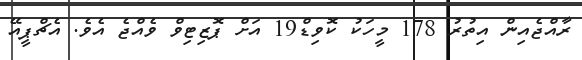
ރާއްޖެއިން އިތުރު 178 މީހަކު ކޮވިޑް19 އަށް ޕޮޒިޓިވް ވެއްޖެ އެވެ. އެޗްޕީއޭ